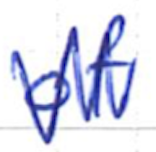
Text: of
Cross-out: zig-zag
Writing tool: ballpoint